Annual report of the Civil Veterinary Department, Bengal, and of the Bengal Veterinary College for the year 1904-1905 - 1904-1905
Year: 1904
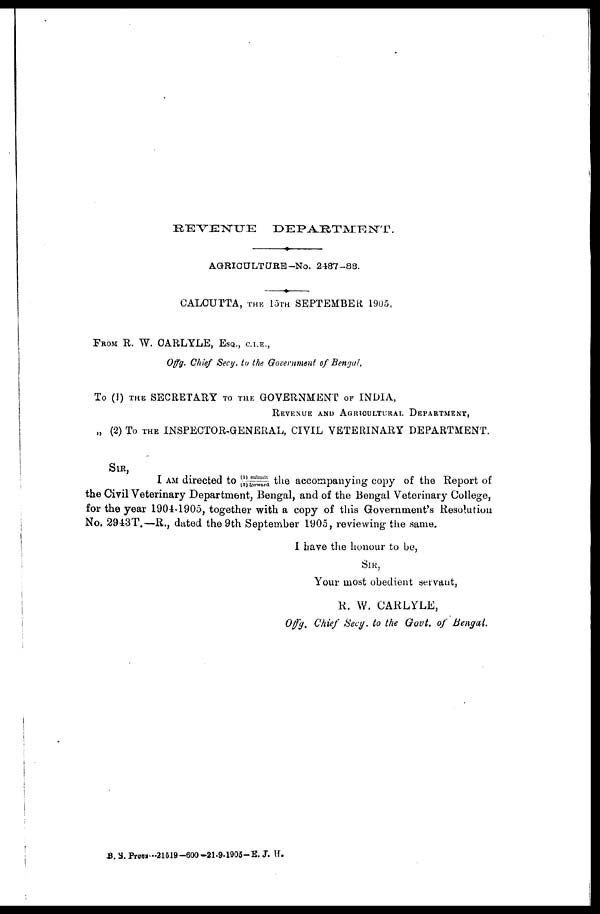
REVENUE
DEPARTMENT.
AGRICULTURE-No. 2487-88.
CALCUTTA, THE 15TH SEPTEMBER 1905.
FROM R. W. CARLYLE, ESQ., C.I.E.,
Offg. Chief Secy. to the Government of Bengal,
To (1) THE SECRETARY TO THE GOVERNMENT OF INDIA,
REVENUE AND AGRICULTURAL DEPARTMENT,
„ (2) To THE INSPECTOR-GENERAL, CIVIL VETERINARY DEPARTMENT,
SIR,
I AM directed to (1) submi t / ( 2) forward the accompanying copy of the Report of
the Civil Veterinary Department, Bengal, and of the Bengal Veterinary College,
for the year 1904-1905, together with a copy of this Government's Resolution
No. 2943T.—R., dated the 9th September 1905, reviewing the same.
I have the honour to be,
SIR,
Your most obedient servant,
R. W. CARLYLE,
Of f g. Chief Secy. to the Govt. of Bengal.
B. S. Press---21519-600-21-9-1905-E. J. H.